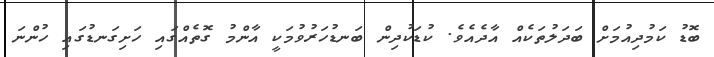
ބޮޑު ކަމުދިއުމަށް ބަދަލުތަކެއް އާދެއެވެ. ކުޑަކުދިން ބަނޑުހަރުވުމަކީ އާންމު ގޮތެއްގައި ހަށިގަނޑުގައި ހުންނަ